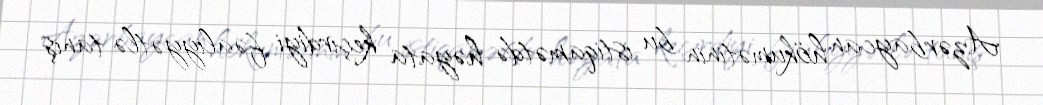
Azərbaycan hökumətinin bu istiqamətdə həyata keçirdiyi fəaliyyətlə tanış